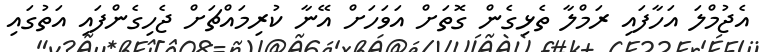
އެޖުމްލަ އަހާފައި ރަމްލާ ތެޅިގެން ގޮތަށް އަވަހަށް އޭނާ ކުރިމައްޗަށް ޖެހިގެންފައި އަތުގައި